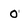
Character: 0